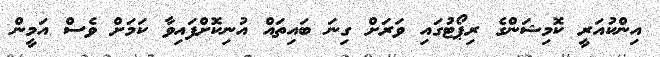
އިންކުއަރީ ކޮމިޝަންގެ ރިޕޯޓުގައި ވަރަށް ގިނަ ބައިތައް އުނިކޮށްފައިވާ ކަމަށް ވެސް އަމީން